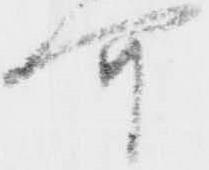
可